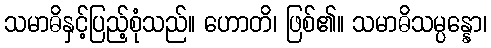
သမာဓိနှင့်ပြည့်စုံသည်။ ဟောတိ၊ ဖြစ်၏။ သမာဓိသမ္ပန္နော၊